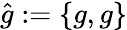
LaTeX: \hat{g}:=\{ g,g\}